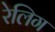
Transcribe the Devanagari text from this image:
रेलिग